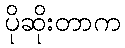
ပိုဆိုးတာက